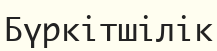
Бүркітшілік